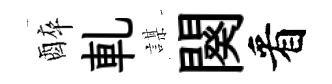
醉軋謀闋看